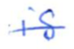
Text: is
Cross-out: single-line
Writing tool: ballpoint